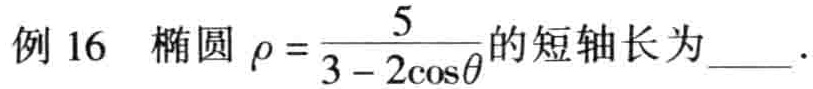
例 16  椭圆\(\rho = \frac{5}{3 - 2\cos\theta}\)的短轴长为  ．